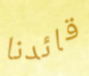
قائدنا